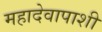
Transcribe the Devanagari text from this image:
महादेवापाशी